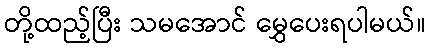
တို့ထည့်ပြီး သမအောင် မွှေပေးရပါမယ်။